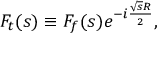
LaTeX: F _ { t } ( s ) \equiv F _ { f } ( s ) e ^ { - i \frac { \sqrt { s } R } { 2 } } ,